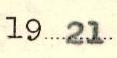
1921